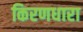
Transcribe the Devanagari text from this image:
किरणधारा